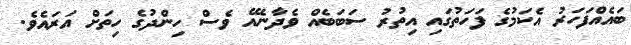
ބައެއްފަހަރު އެކަމުގެ ފަހަތުގައި އިތުރު ސަބަބެއް ވެދާނެއޭ ވެސް ހިންދުގެ ހިތަށް އަރައެވެ.